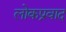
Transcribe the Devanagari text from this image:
लोकप्रवाद